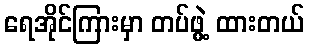
ရေအိုင်ကြားမှာ တပ်ဖွဲ့ ထားတယ်